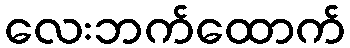
လေးဘက်ထောက်